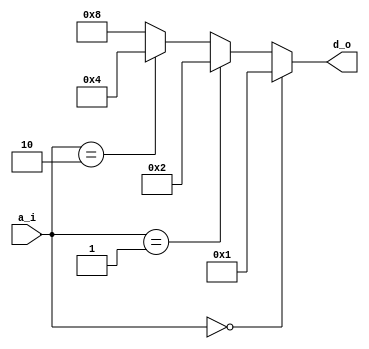
// This program was cloned from: https://github.com/mbaykenar/digital-logic-design
// License: Apache License 2.0

`timescale 1ns / 1ps
//////////////////////////////////////////////////////////////////////////////////
// Company: 
// Engineer: 
// 
// Design Name: 
// Module Name: decoder_2_4
// Project Name: 
// Target Devices: 
// Tool Versions: 
// Description: 
// 
// Dependencies: 
// 
// Revision:
// Revision 0.01 - File Created
// Additional Comments:
// 
//////////////////////////////////////////////////////////////////////////////////


module decoder_2_4
(
input [1:0] a_i,
output [3:0] d_o
);


assign d_o =    (a_i == 2'b00) ? 4'b0001 :
                (a_i == 2'b01) ? 4'b0010 :
                (a_i == 2'b10) ? 4'b0100 :
                                 4'b1000;


endmodule